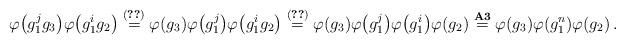
LaTeX: \begin{align*} \varphi \big( g^{j}_1 g_3 \big) \varphi \big( g^{i}_1 g_2 \big) \overset{(\ref{eq:8})}{=} \varphi (g_3) \varphi \big( g^{j}_1 \big) \varphi \big( g^{i}_1 g_2 \big) \overset{(\ref{eq:5})}{=} \varphi (g_3) \varphi \big( g^{j}_1 \big) \varphi \big( g^{i}_1 \big) \varphi (g_2) \overset{{\bf A3}}{=} \varphi (g_3) \varphi (g^{n}_1) \varphi (g_2) \,.\end{align*}